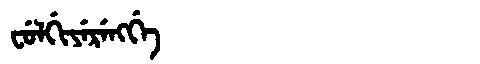
Manchu: ᠸᡠᠯᡤᡳᠶᡝᡵᡝᠩᡤᡝ
Romanization: FULGIYERENGGE